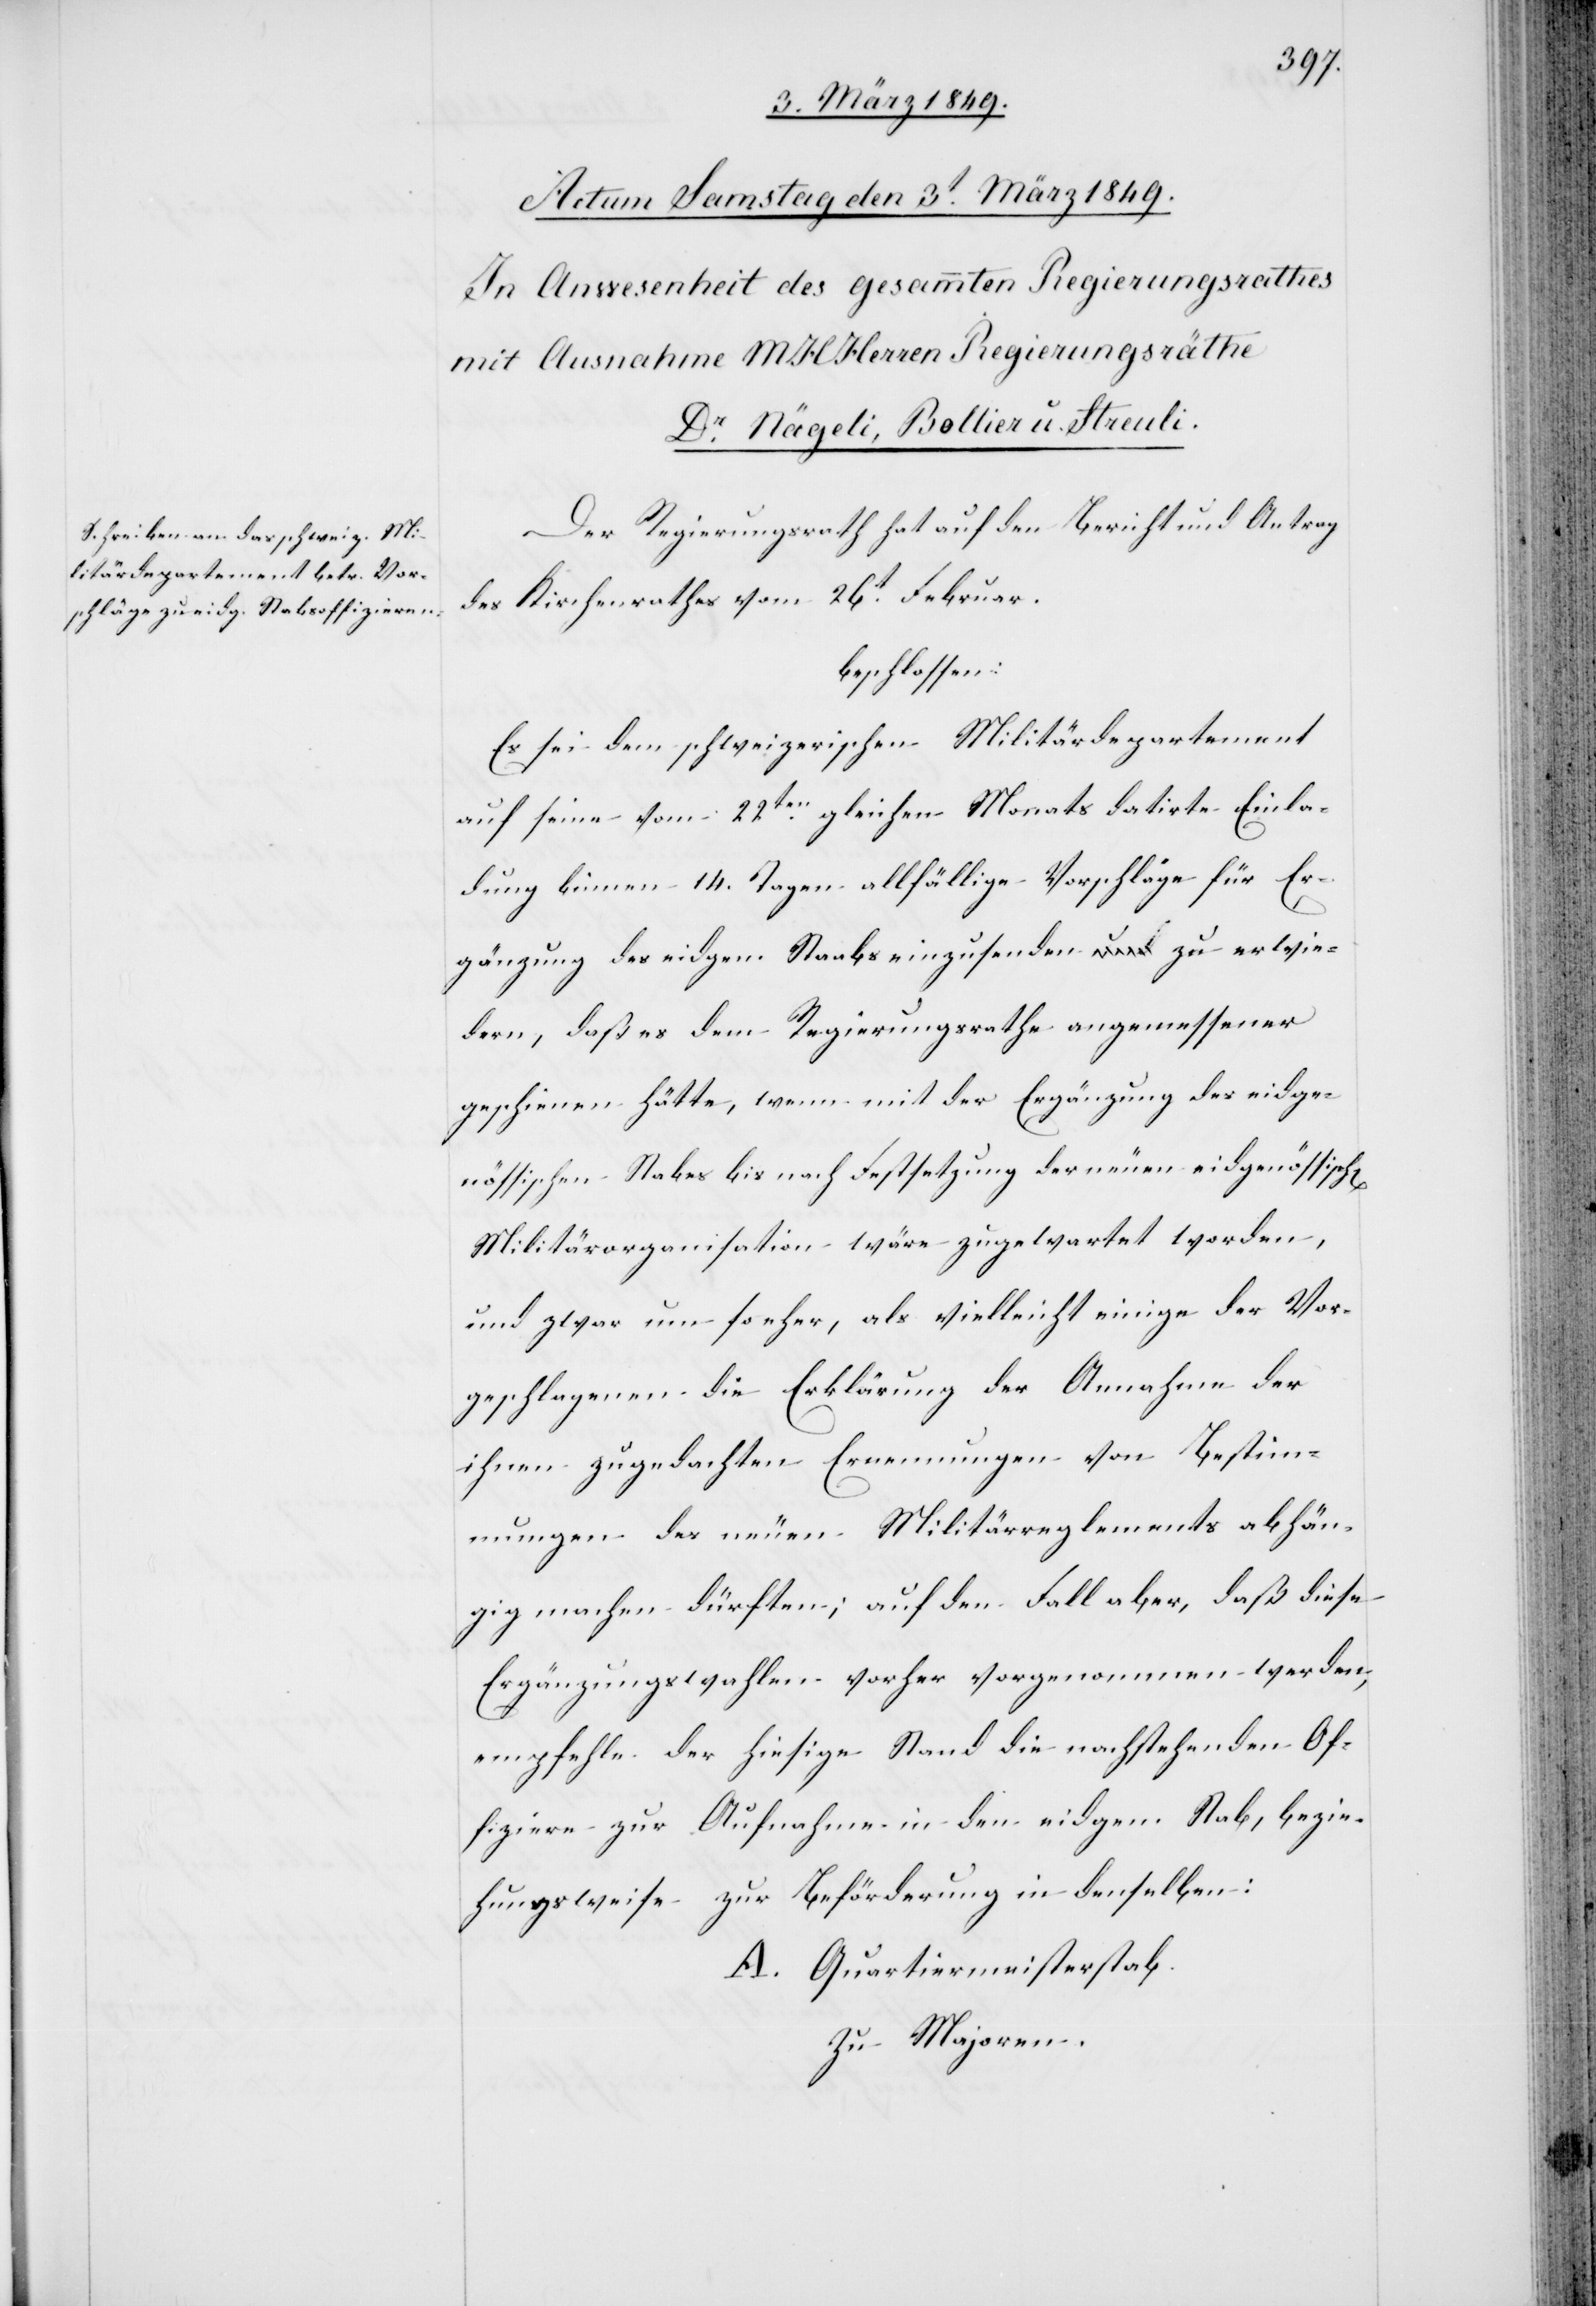
Der Regierungsrath hat auf den Bericht und Antrag
des Kirchenrathes vom 26t. Februar.
beschlossen:
Es sei dem schweizerischen Militärdepartement
auf seine vom 22ten. gleichen Monats datirte Einla¬
dung binnen 14. Tagen allfällige Vorschläge für Er¬
gänzung des eidgen. Staabs einzusenden zu erwie¬
dern, daß es dem Regierungsrathe angemessener
geschienen hätte, wenn mit der Ergänzung des eidge¬
nössischen Stabes bis nach Festsetzung der neuen eidgenössisch[en]
Militärorganisation wäre zugewartet worden,
und zwar um so eher, als vielleicht einige der Vor¬
geschlagenen die Erklärung der Annahme der
ihnen zugedachten Ernennungen von Bestim¬
mungen des neuen Militärreglements abhän¬
gig machen dürften; auf den Fall aber, daß diese
Ergänzungswahlen vorher vorgenommen werden,
empfehle der hiesige Stand die nachstehenden Of¬
fiziere zur Aufnahme in den eidgen. Stab, bezie¬
hungsweise zur Beförderung in denselben:
A. Quartiermeisterstab.
Zu Majoren.